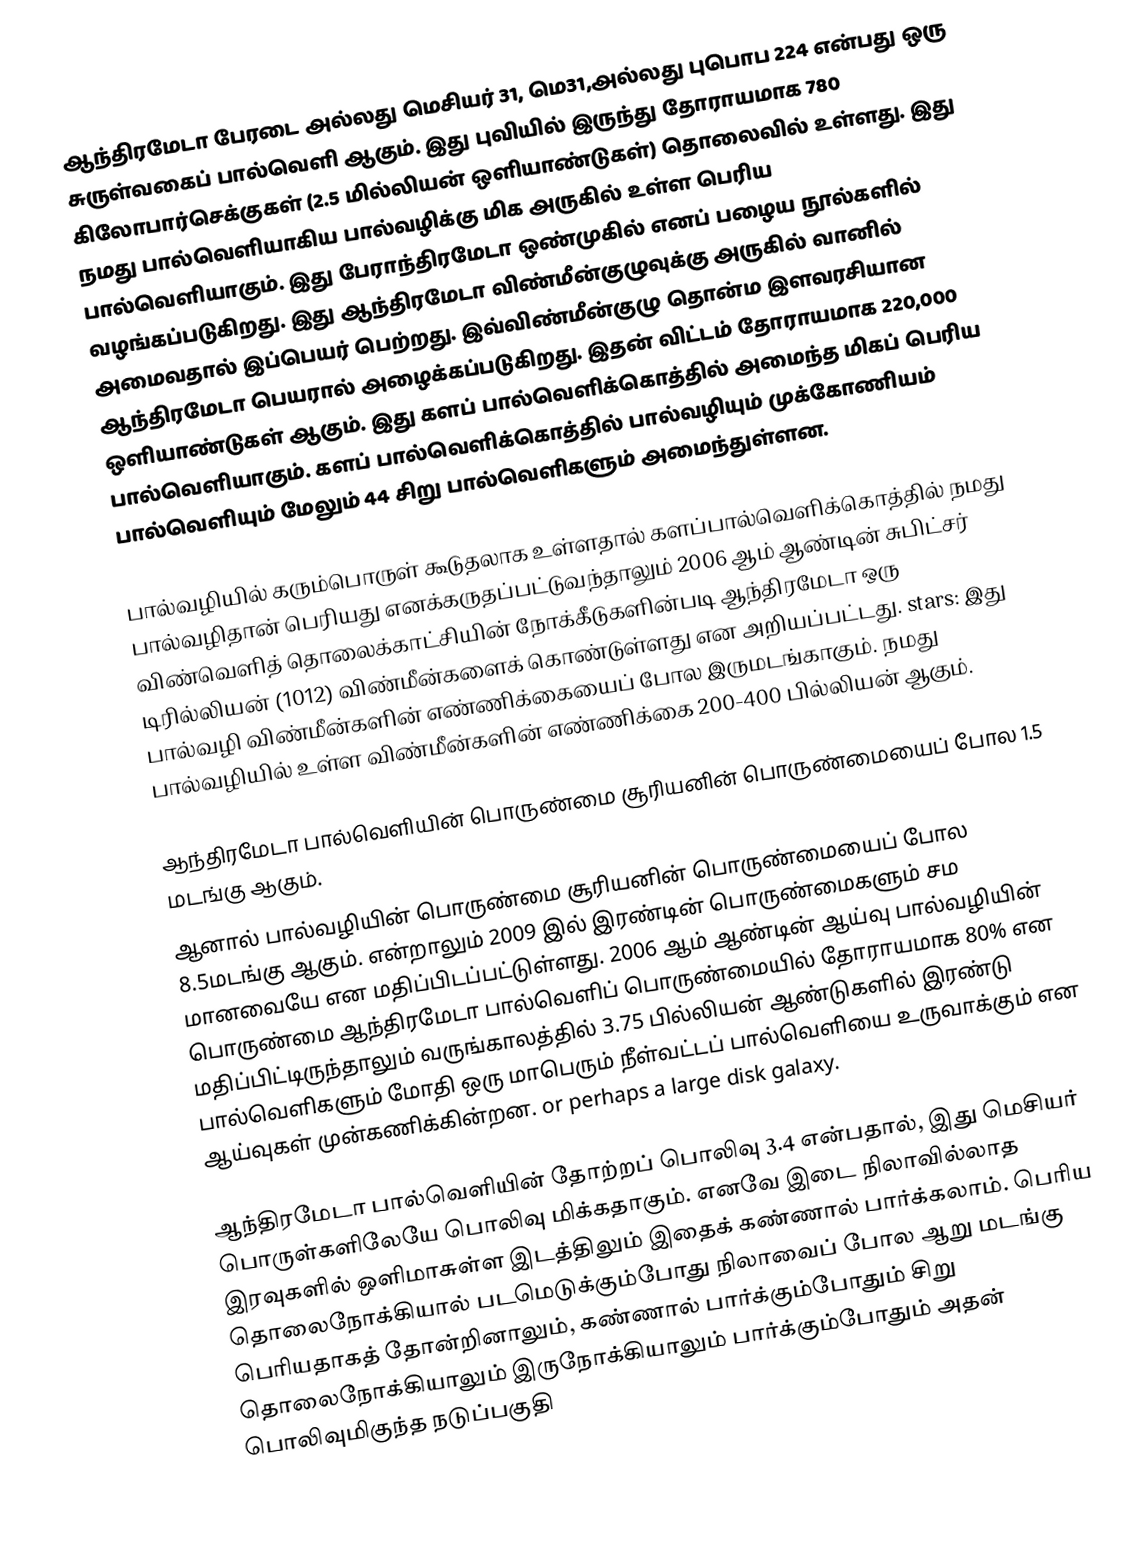
ஆந்திரமேடா பேரடை  அல்லது மெசியர் 31, மெ31,அல்லது புபொப 224 என்பது  ஒரு சுருள்வகைப் பால்வெளி ஆகும். இது புவியில் இருந்து தோராயமாக 780 கிலோபார்செக்குகள் (2.5 மில்லியன் ஒளியாண்டுகள்) தொலைவில் உள்ளது. இது நமது பால்வெளியாகிய பால்வழிக்கு மிக அருகில் உள்ள பெரிய பால்வெளியாகும். இது  பேராந்திரமேடா ஒண்முகில் எனப்  பழைய நூல்களில் வழங்கப்படுகிறது. இது ஆந்திரமேடா விண்மீன்குழுவுக்கு அருகில் வானில் அமைவதால் இப்பெயர் பெற்றது. இவ்விண்மீன்குழு தொன்ம இளவரசியான ஆந்திரமேடா பெயரால் அழைக்கப்படுகிறது. இதன் விட்டம் தோராயமாக  220,000 ஒளியாண்டுகள் ஆகும். இது களப் பால்வெளிக்கொத்தில் அமைந்த மிகப் பெரிய பால்வெளியாகும். களப் பால்வெளிக்கொத்தில் பால்வழியும் முக்கோணியம் பால்வெளியும் மேலும் 44 சிறு பால்வெளிகளும் அமைந்துள்ளன.

பால்வழியில் கரும்பொருள் கூடுதலாக உள்ளதால் களப்பால்வெளிக்கொத்தில் நமது பால்வழிதான் பெரியது எனக்கருதப்பட்டுவந்தாலும்  2006 ஆம் ஆண்டின் சுபிட்சர் விண்வெளித் தொலைக்காட்சியின் நோக்கீடுகளின்படி ஆந்திரமேடா ஒரு டிரில்லியன் (1012) விண்மீன்களைக் கொண்டுள்ளது என அறியப்பட்டது. stars: இது பால்வழி விண்மீன்களின் எண்ணிக்கையைப் போல இருமடங்காகும். நமது பால்வழியில் உள்ள விண்மீன்களின் எண்ணிக்கை 200-400 பில்லியன் ஆகும்.

ஆந்திரமேடா பால்வெளியின் பொருண்மை சூரியனின் பொருண்மையைப் போல 1.5 மடங்கு ஆகும்.
ஆனால் பால்வழியின் பொருண்மை சூரியனின் பொருண்மையைப் போல 8.5மடங்கு ஆகும். என்றாலும் 2009 இல் இரண்டின் பொருண்மைகளும் சம மானவையே என மதிப்பிடப்பட்டுள்ளது. 2006 ஆம் ஆண்டின் ஆய்வு பால்வழியின் பொருண்மை ஆந்திரமேடா பால்வெளிப் பொருண்மையில் தோராயமாக 80% என மதிப்பிட்டிருந்தாலும் வருங்காலத்தில் 3.75 பில்லியன் ஆண்டுகளில் இரண்டு பால்வெளிகளும் மோதி ஒரு மாபெரும் நீள்வட்டப் பால்வெளியை உருவாக்கும் என ஆய்வுகள் முன்கணிக்கின்றன. or perhaps a large disk galaxy.

ஆந்திரமேடா பால்வெளியின் தோற்றப் பொலிவு 3.4 என்பதால், இது மெசியர் பொருள்களிலேயே பொலிவு மிக்கதாகும். எனவே இடை நிலாவில்லாத இரவுகளில் ஒளிமாசுள்ள இடத்திலும் இதைக் கண்ணால் பார்க்கலாம். பெரிய தொலைநோக்கியால் படமெடுக்கும்போது நிலாவைப் போல ஆறு மடங்கு பெரியதாகத் தோன்றினாலும், கண்ணால் பார்க்கும்போதும் சிறு தொலைநோக்கியாலும் இருநோக்கியாலும் பார்க்கும்போதும் அதன் பொலிவுமிகுந்த நடுப்பகுதி